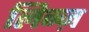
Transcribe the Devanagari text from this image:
लिन्ज़